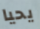
يحيا